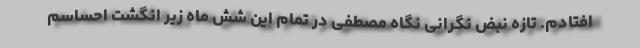
افتادم. تازه نبض نگرانی نگاه مصطفی در تمام این شش ماه زیر انگشت احساسم